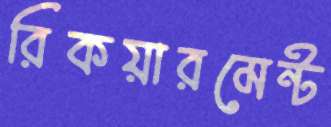
রিকয়ারমেন্ট